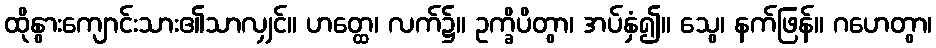
ထိုနွားကျောင်းသား၏သာလျှင်။ ဟတ္ထေ၊ လက်၌။ ဥက္ခိပိတွာ၊ အပ်နှံ၍။ သွေ၊ နက်ဖြန်။ ဂဟေတွာ၊